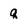
Character: q